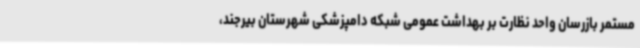
مستمر بازرسان واحد نظارت بر بهداشت عمومی شبکه دامپزشکی شهرستان بیرجند،